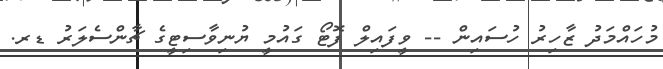
މުހައްމަދު ޒާހިރު ހުސައިން -- ވީފައިލް ފޮޓޯ ގައުމީ ޔުނިވާސިޓީގެ ޗާންސެލަރު ޑރ.